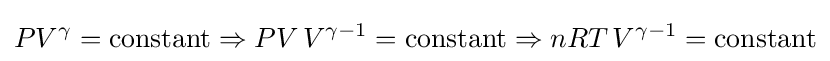
PV^{\gamma }={\text{constant}}\Rightarrow PV\,V^{\gamma -1}={\text{constant}}\Rightarrow nRT\,V^{\gamma -1}={\text{constant}}